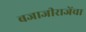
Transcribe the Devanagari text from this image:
बजाजीराजेंचा